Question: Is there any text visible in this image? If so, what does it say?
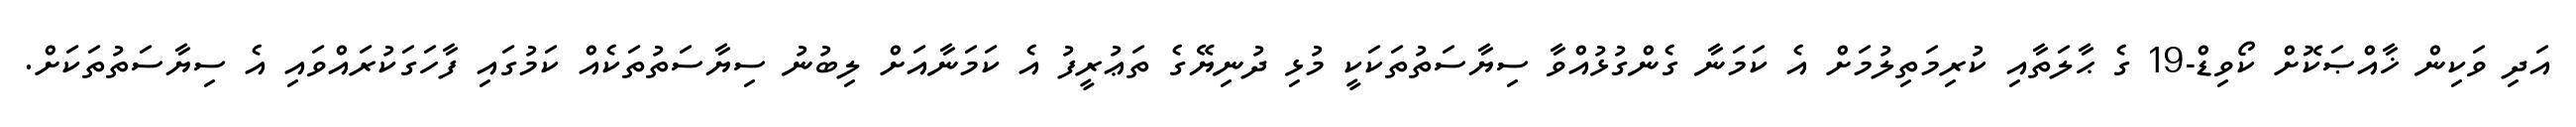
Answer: އަދި ވަކިން ޚާއްޞަކޮށް ކޯވިޑް-19 ގެ ޙާލަތާއި ކުރިމަތިލުމަށް އެ ކަމަނާ ގެންގުޅުއްވާ ސިޔާސަތުތަކަކީ މުޅި ދުނިޔޭގެ ތަޢުރީފު އެ ކަމަނާއަށް ލިބުނު ސިޔާސަތުތަކެއް ކަމުގައި ފާހަގަކުރައްވައި އެ ސިޔާސަތުތަކަށް.